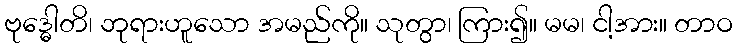
ဗုဒ္ဓေါတိ၊ ဘုရားဟူသော အမည်ကို။ သုတွာ၊ ကြား၍။ မမ၊ ငါ့အား။ တာဝ